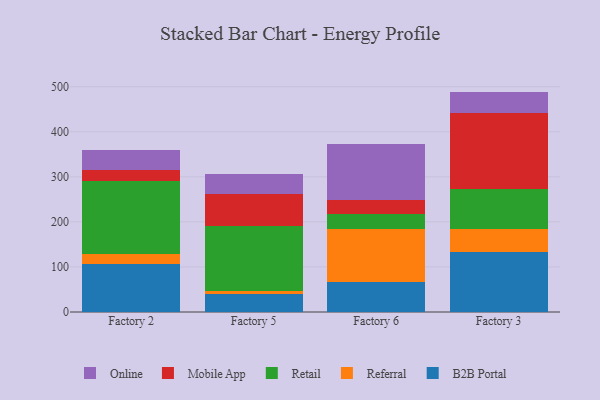
{"axis": {"x": "Factory", "y": "Budget (USD K)"}, "legend": ["B2B Portal", "Mobile App", "Online", "Referral", "Retail"], "data": [{"x": "Factory 2", "y": 106.6, "type": "B2B Portal"}, {"x": "Factory 2", "y": 22.5, "type": "Referral"}, {"x": "Factory 2", "y": 161.5, "type": "Retail"}, {"x": "Factory 2", "y": 24.5, "type": "Mobile App"}, {"x": "Factory 2", "y": 43.9, "type": "Online"}, {"x": "Factory 5", "y": 39.2, "type": "B2B Portal"}, {"x": "Factory 5", "y": 6.4, "type": "Referral"}, {"x": "Factory 5", "y": 144.7, "type": "Retail"}, {"x": "Factory 5", "y": 70.7, "type": "Mobile App"}, {"x": "Factory 5", "y": 46.1, "type": "Online"}, {"x": "Factory 6", "y": 65.8, "type": "B2B Portal"}, {"x": "Factory 6", "y": 118.9, "type": "Referral"}, {"x": "Factory 6", "y": 33.8, "type": "Retail"}, {"x": "Factory 6", "y": 31.0, "type": "Mobile App"}, {"x": "Factory 6", "y": 123.4, "type": "Online"}, {"x": "Factory 3", "y": 133.9, "type": "B2B Portal"}, {"x": "Factory 3", "y": 49.5, "type": "Referral"}, {"x": "Factory 3", "y": 90.4, "type": "Retail"}, {"x": "Factory 3", "y": 168.2, "type": "Mobile App"}, {"x": "Factory 3", "y": 47.2, "type": "Online"}]}